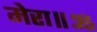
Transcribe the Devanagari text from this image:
मेरा॥ॐ